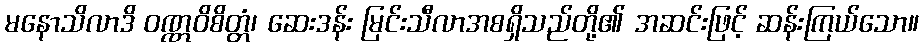
မနောသိလာဒိ ဝဏ္ဏဝိစိတ္တံ၊ ဆေးဒန်း မြင်းသီလာအစရှိသည်တို့၏ အဆင်းဖြင့် ဆန်းကြယ်သော။